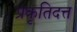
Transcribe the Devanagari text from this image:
प्रकृतिदत्त